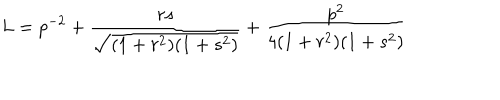
L = p ^ { - 2 } + \frac { r s } { \sqrt { ( 1 + r ^ { 2 } ) ( 1 + s ^ { 2 } ) } } + \frac { p ^ { 2 } } { 4 ( 1 + r ^ { 2 } ) ( 1 + s ^ { 2 } ) }